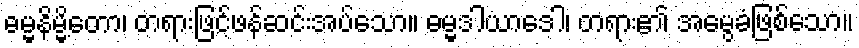
ဓမ္မနိမ္မိတော၊ တရားဖြင့်ဖန်ဆင်းအပ်သော။ ဓမ္မဒါယာဒေါ၊ တရား၏ အမွေခံဖြစ်သော။